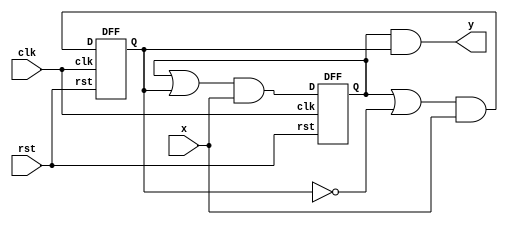
// Moore FSM that checks for three or more consecutive
// ones in a bitstream
//
// Modeled using D flip flops

module moore_111_or_more (
	input x, clk, rst,
	output y
);

	wire A, B;
	wire D_A, D_B;

	assign D_A = (A||B)&&x;
	assign D_B = (A||(!B))&&x;
	assign y = A&&B;

	DFF D1 (D_A, clk, rst, A);
	DFF D2 (D_B, clk, rst, B);

endmodule

module DFF (
	input D, clk, rst,
	output reg Q
);

	always @ (posedge clk or negedge rst)
		if (!rst) Q <= 0;
		else Q <= D;
endmodule